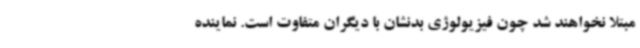
مبتلا نخواهند شد چون فیزیولوژی بدنشان با دیگران متفاوت است. نماینده